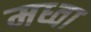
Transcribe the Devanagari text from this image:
मध्वा